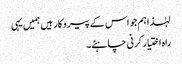
لہٰذا ہم جو اس کے پیروکار ہیں ہمیں یہی
راہ اختیار کرنی چاہئے۔